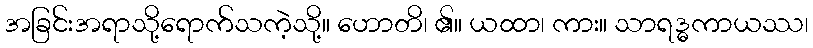
အခြင်းအရာသို့ရောက်သကဲ့သို့။ ဟောတိ၊ ၏။ ယထာ၊ ကား။ သာရဒ္ဓကာယဿ၊